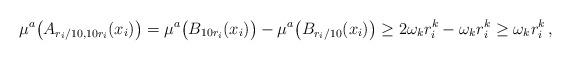
LaTeX: \begin{align*}\mu^a\big(A_{r_i/10,10r_i}(x_i)\big) = \mu^a\big(B_{10r_i}(x_i)\big)-\mu^a\big( B_{r_i/10}(x_i)\big)\geq 2\omega_k r_i^k-\omega_k r_i^k\geq \omega_k r_i^k\, ,\end{align*}